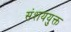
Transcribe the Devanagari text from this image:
संशययुक्त